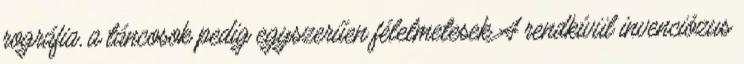
rográfia, a táncosok pedig egyszerűen félelmetesek A rendkívül invenciózus